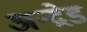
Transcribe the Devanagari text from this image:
अन्द्रेड